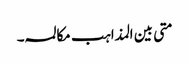
متی بین المذاہب مکالمہ ۔